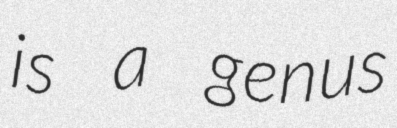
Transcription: is a genus